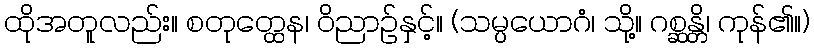
ထိုအတူလည်း။ စတုတ္ထေန၊ ဝိညာဉ်နှင့်။ (သမ္ပယောဂံ၊ သို့။ ဂစ္ဆန္တိ၊ ကုန်၏။)